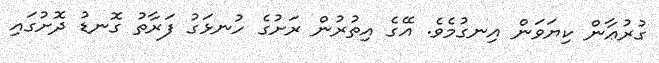
ގުރުޢާން ކިޔަވަން އިނގުމެވެ. އޭގެ އިތުރުން ރަށުގެ ހުނޅަގު ފަރާތު ގޮނޑު ދޮށުގައި